Leningradi_Edasi_toimetus, lk 208
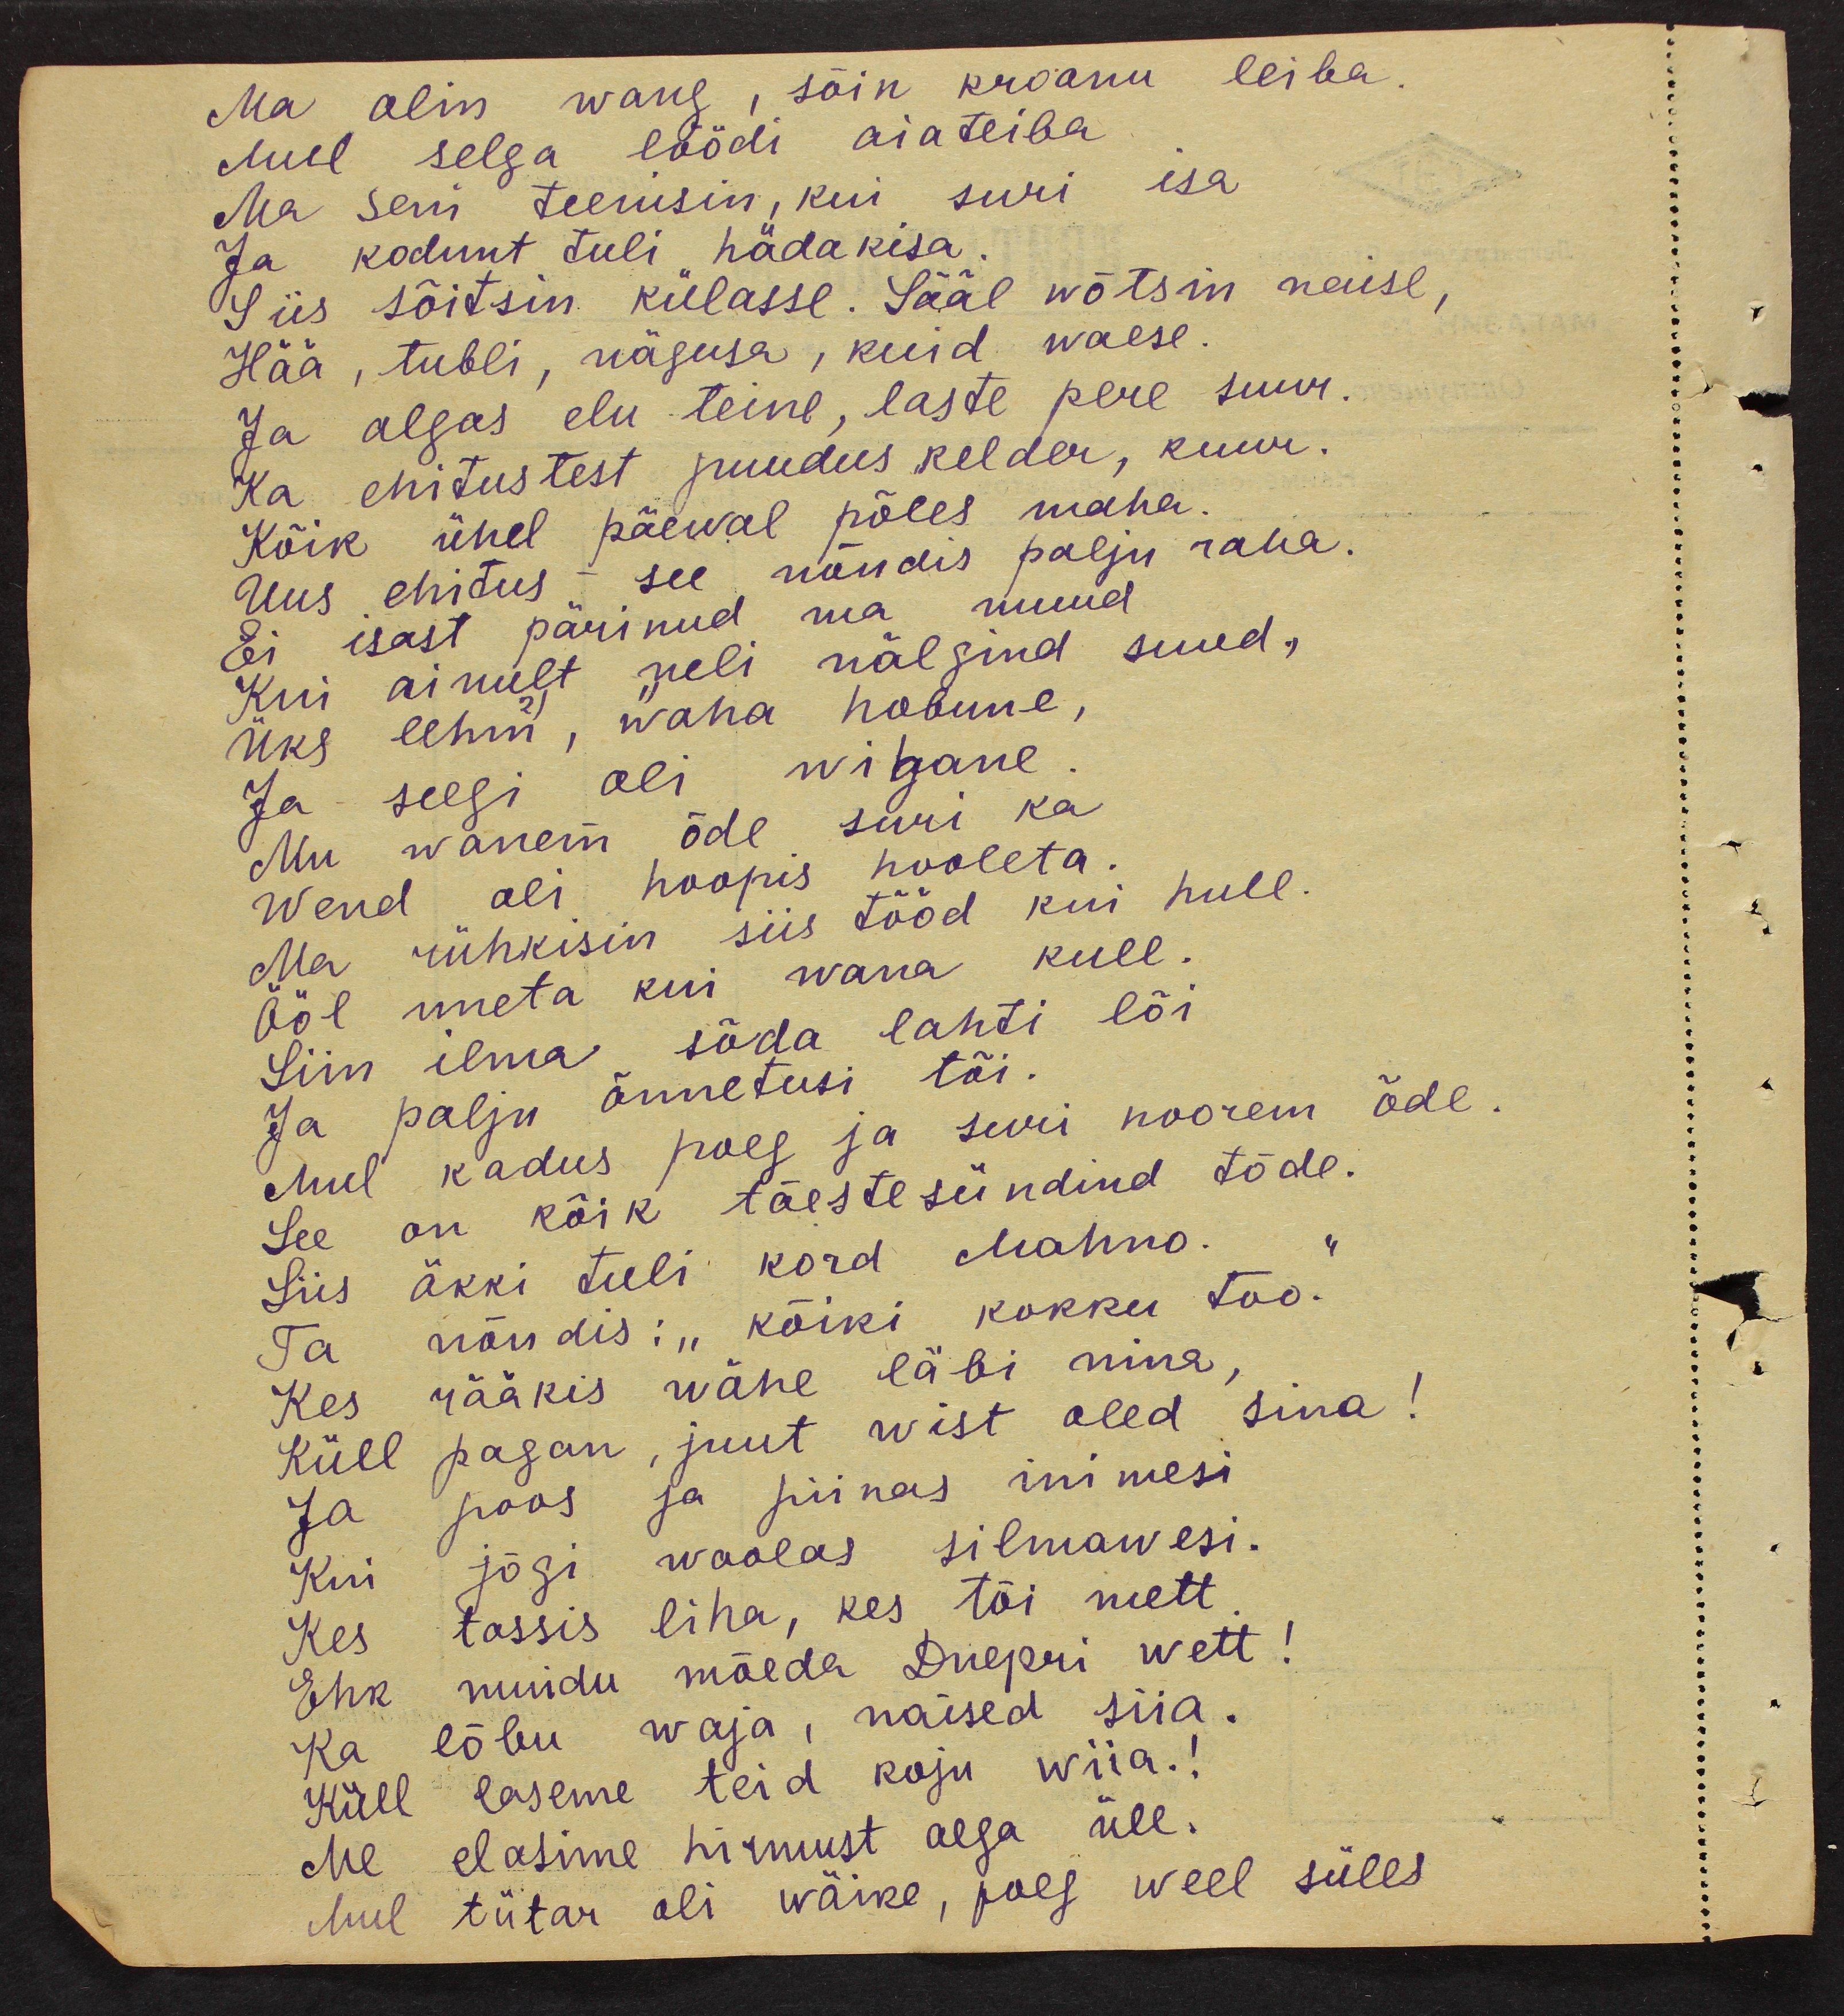
Ma olin wang, sõin kroonu leiba,
Mul selga löödi aiateiba
Ma seni teenisin, kui suri isa
Ja kodunt tuli hädakisa.
Siis sõitsin külasse. Saal wõtsin naise,
Hää, tubli, nägusa, kuid waese.
Ja algas elu teine, laste pere suur.
Ka ehitustest puudus kelder, kuur.
Kõik ühel päewal põles maha
Uus ehitus see nõudis palju raha.
Ei isast pärinud ma muud
Kui ainult neli nälgind suud,
üks lehm, wana hobune,
Ja seegi oli wigane
Mu wanem õde suri ka
wend oli hoopis hooleta.
Ma rühkisin siis tööd kui hull
Ööl uneta kui wana kull.
Siin ilma sõda lahti lõi
Ja palju õnnetusi tõi.
Mul kadus poeg ja suri noorem õde.
See on kõik tõestesündind tõde."
Siis äkki tuli kord Mahno.
Ta nõudis: "kõiki kokku too.
Kes rääkis wähe läbi nina,
Küll pagan, juut wist oled sina!
Ja poos ja piinas inimesi
Kui jõgi woolas silmawesi.
Kes tassis liha, kes tõi mett
Ehk muidu mõeda Dnepri wett!
Ka lõbu waja, naised siia.
Küll laseme teid koju wiia!
Me elasime hirmust aega üle.
Mul tütar oli wäike, poeg weel süles